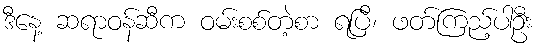
ဒီနေ့ ဆရာဝန်ဆီက ဝမ်းစစ်တဲ့စာ ရပြီ၊ ဖတ်ကြည့်ပါဦး